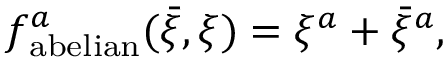
f _ { \mathrm { a b e l i a n } } ^ { a } ( { \bar { \xi } } , \xi ) = \xi ^ { a } + { \bar { \xi } } ^ { a } ,